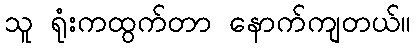
သူ ရုံးကထွက်တာ နောက်ကျတယ်။